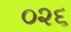
૦૨૬